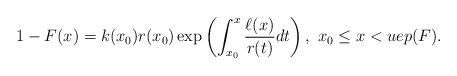
LaTeX: \begin{align*} 1-F(x)= k(x_0)r(x_0) \exp \left( \int_{x_0}^{x} \frac{\ell(x)}{r(t)} dt \right), \ x_0\leq x<uep(F).\end{align*}